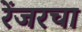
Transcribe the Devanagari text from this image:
रेंजरचा